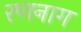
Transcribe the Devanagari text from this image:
रणनाग